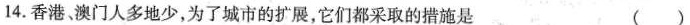
14.香港澳门人多地少，为了城市的扩展，它们都采取的措施是()